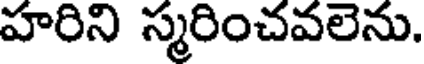
హరిని స్మరించవలెను.